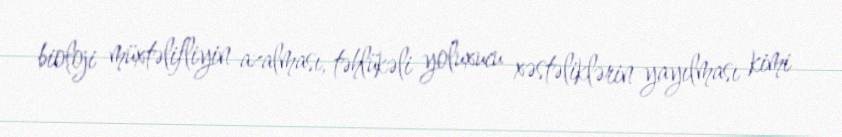
bioloji müxtəlifliyin azalması, təhlükəli yoluxucu xəstəliklərin yayılması kimi